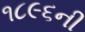
૧૮૯૬ની